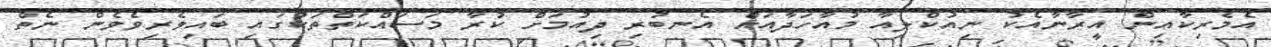
އެމެރިކާއިން އީރާނާއެކު ނިއުކްލިއާ މުއާހަދާއަށް އެނބުރި ދިއުމަށް ކުރާ މަސައްކަތްތަކުގައި ބައިވެރިވެވެން ނެތް